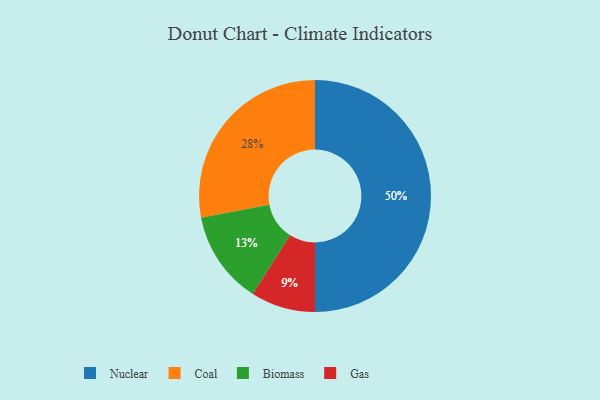
{"axis": {"x": "Category", "y": "Percentage"}, "legend": ["Biomass", "Coal", "Gas", "Nuclear"], "data": [{"x": "Biomass", "y": 13, "type": "Biomass"}, {"x": "Gas", "y": 9, "type": "Gas"}, {"x": "Nuclear", "y": 50, "type": "Nuclear"}, {"x": "Coal", "y": 28, "type": "Coal"}]}